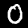
Digit: 0